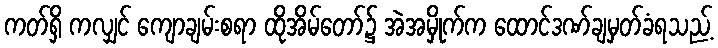
ကတ်ရှိ ကလျှင် ကျောချမ်းစရာ ထိုအိမ်တော်၌ အဲအမှိုက်က ထောင်ဒဏ်ချမှတ်ခံရသည့်